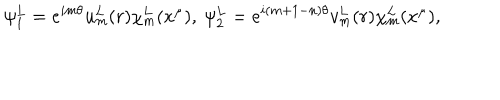
\psi _ { 1 } ^ { L } = e ^ { i m \theta } u _ { m } ^ { L } ( r ) \chi _ { m } ^ { L } ( x ^ { \mu } ) , ~ \psi _ { 2 } ^ { L } = e ^ { i ( m + 1 - n ) \theta } v _ { m } ^ { L } ( r ) \chi _ { m } ^ { L } ( x ^ { \mu } ) ,